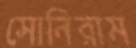
সোনিরাম